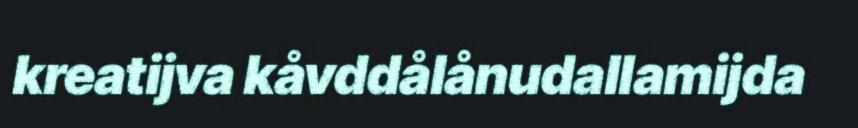
kreatijva kåvddåIånudallamijda